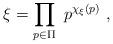
LaTeX: \begin{align*}\xi = \prod_{p \in \Pi} ~ p^{\chi_{\xi}(p)} \ ,\end{align*}